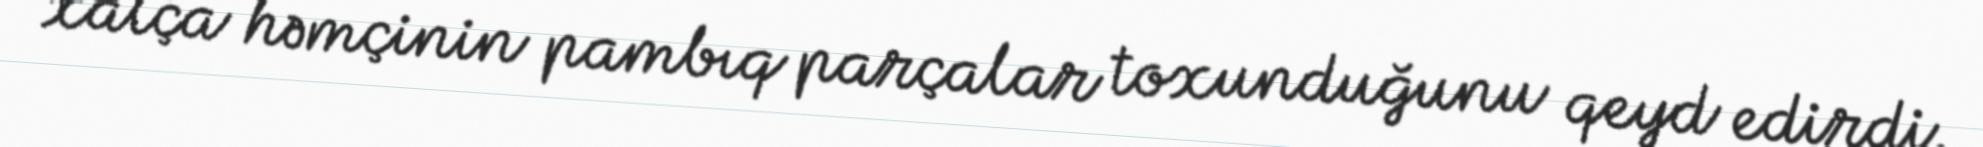
xalça həmçinin pambıq parçalar toxunduğunu qeyd edirdi.